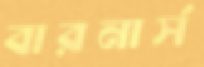
বারনার্স